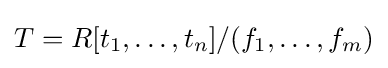
T=R[t_{1},\ldots ,t_{n}]/(f_{1},\ldots ,f_{m})